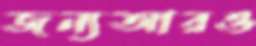
জন্যআরও